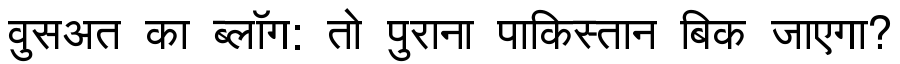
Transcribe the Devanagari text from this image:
वुसअत का ब्लॉग: तो पुराना पाकिस्तान बिक जाएगा?